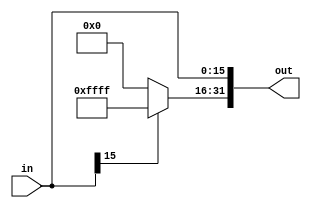
module sign_extender_16_to_32
(
	input [15:0] in,
	output reg [31:0] out
);


always @ (*) begin

	out[15:0] = in[15:0];
	if (in[15] == 1'b1)
		out[31:16] = 16'b1111111111111111;
	else
		out[31:16] = 16'b0000000000000000;

end 

endmodule